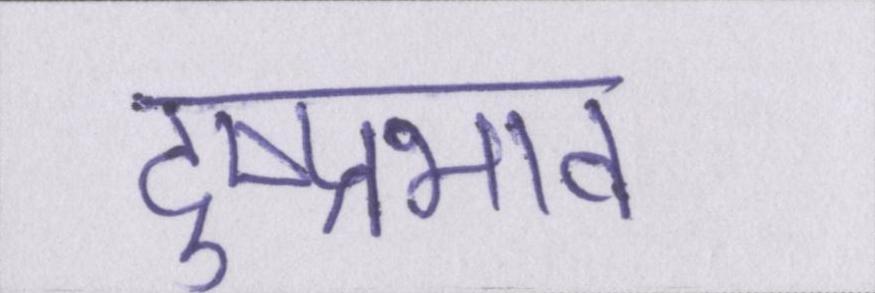
दुष्प्रभाव